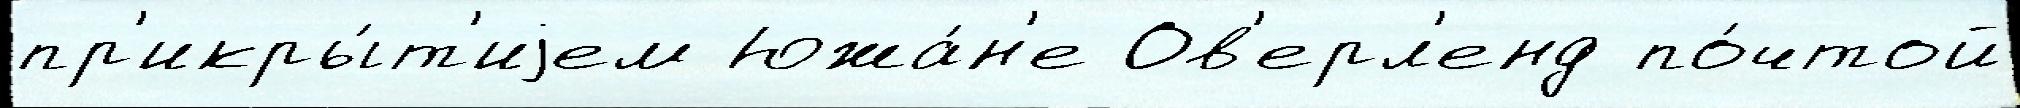
пр'икры́т'иjем Южа́н'е Ов'ерл'енд по́чтой